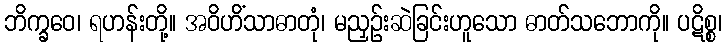
ဘိက္ခဝေ၊ ရဟန်းတို့။ အဝိဟိံသာဓာတုံ၊ မညှဉ်းဆဲခြင်းဟူသော ဓာတ်သဘောကို။ ပဋိစ္စ၊